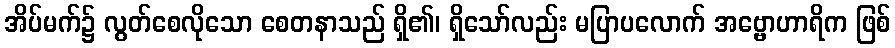
အိပ်မက်၌ လွတ်စေလိုသော စေတနာသည် ရှိ၏၊ ရှိသော်လည်း မပြာပလောက် အဗ္ဗောဟာရိက ဖြစ်